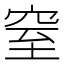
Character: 窒